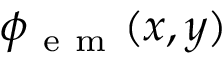
\phi _ { \mathrm { ~ e ~ m ~ } } ( x , y )